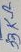
Text: 33KΩ